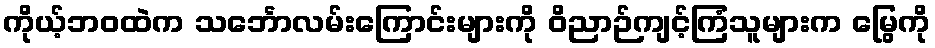
ကိုယ့်ဘဝထဲက သင်္ဘောလမ်းကြောင်းများကို ဝိညာဉ်ကျင့်ကြံသူများက မြွေကို